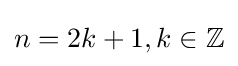
n=2k+1,k\in \mathbb {Z}